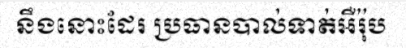
នឹងនោះដែរ ប្រធានបាល់ទាត់អឺរ៉ុប